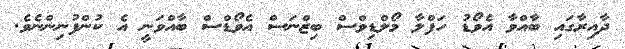
ދާއިރާގައި ބާއްވާ އެވޯޑު ހަފްލާ މޯލްޑިވްސް ބިޒްނަސް އެވޯޑްސް ބާއްވަނީ އެ ކުންފުނިންނެވެ.